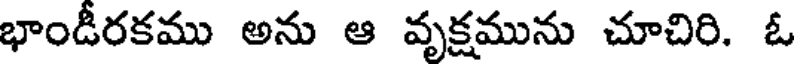
భాండీరకము అను ఆ వృక్షమును చూచిరి. ఓ